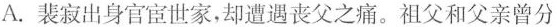
A.裴寂出身官宦世家，却遭遇丧父之痛。祖父和父亲曾分